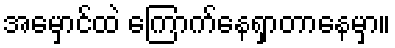
အမှောင်ထဲ ကြောက်နေရှာတာနေမှာ။